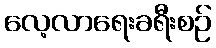
လေ့လာရေးခရီးစဉ်